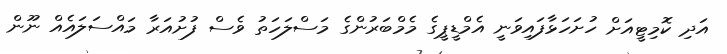
އަދި ކޮމިޓީއަށް ހުށަހަޅާފައިވަނީ އެމްޑީޕީގެ މެމްބަރުންގެ މަސްލަހަތު ވެސް ފުށުއަރާ މައްސަލައެއް ނޫން